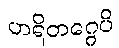
ဟရိတဂ္ဂေပိ